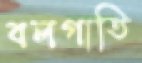
বলগাতি